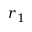
r _ { 1 }